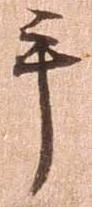
手